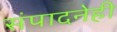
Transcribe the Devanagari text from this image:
संपादनेही